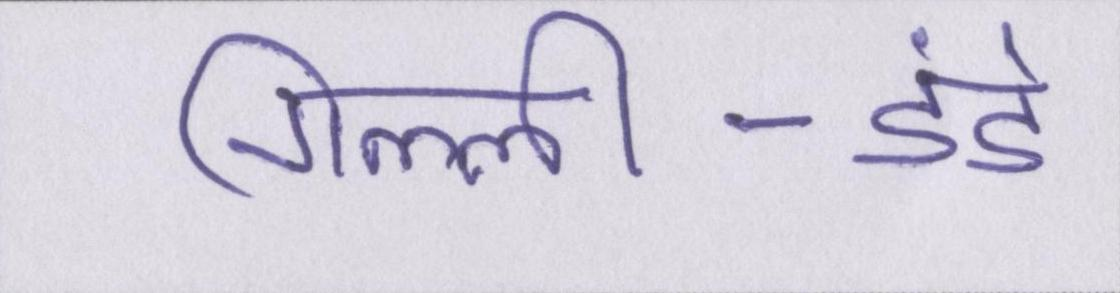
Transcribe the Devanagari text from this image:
गिल्ली-डंडे